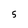
Character: 5